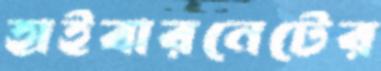
হাইবারনেটের